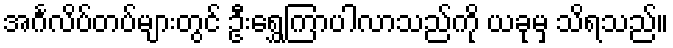
အင်္ဂလိပ်တပ်များတွင် ဦးရွှေကြာပါလာသည်ကို ယခုမှ သိရသည်။